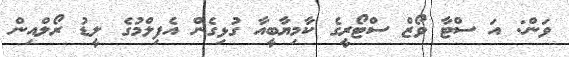
ވަން: އަ ސްޓާ ވޯޒް ސްޓޯރީގެ ކާމިޔާބީއާ ގުޅިގެން އެފިލްމުގެ ލީޑު ރޯލްއިން